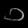
Digit: ၁